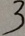
3